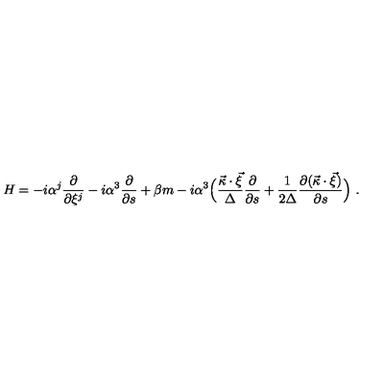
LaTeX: H = - i { \alpha } ^ { j } \frac { \partial } { \partial \xi ^ { j } } - i { \alpha } ^ { 3 } \frac { \partial } { \partial s } + \beta m - i { \alpha } ^ { 3 } \Bigl ( \frac { \vec { \kappa } \cdot \vec { \xi } } { \Delta } \frac { \partial } { \partial s } + \frac { 1 } { 2 \Delta } \frac { \partial ( \vec { \kappa } \cdot \vec { \xi } ) } { \partial s } \Bigr ) \ .